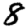
Digit: 8